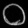
Digit: ၀